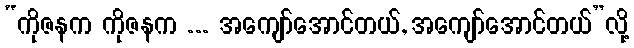
“ကိုဇနက ကိုဇနက ... အကျော်အောင်တယ်, အကျော်အောင်တယ်”လို့